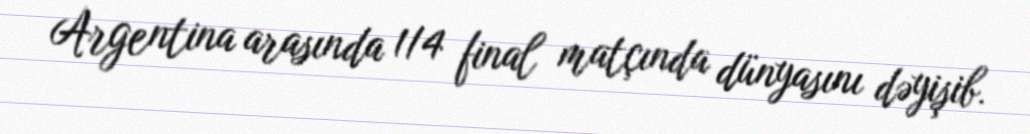
Argentina arasında 1/4 final matçında dünyasını dəyişib.